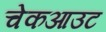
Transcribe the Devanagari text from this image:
चेकआउट